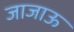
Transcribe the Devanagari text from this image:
जाजाऊ